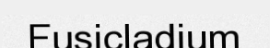
Fusicladium